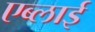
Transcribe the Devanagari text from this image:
एब्लाई